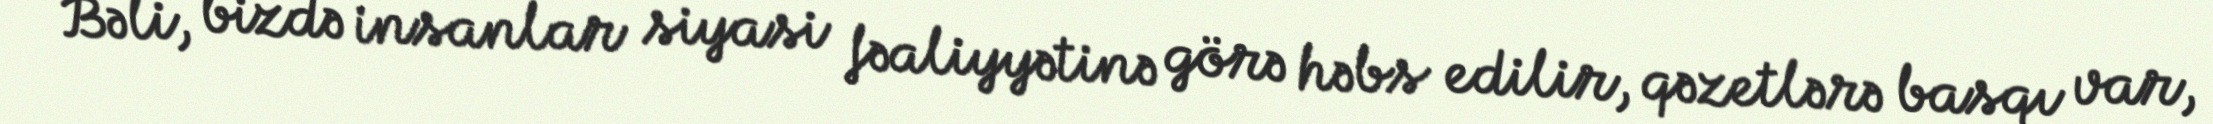
Bəli, bizdə insanlar siyasi fəaliyyətinə görə həbs edilir, qəzetlərə basqı var,